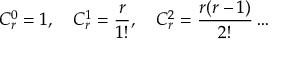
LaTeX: C _ { r } ^ { 0 } = 1 , \quad { } C _ { r } ^ { 1 } = \frac { r } { 1 ! } , \quad { } C _ { r } ^ { 2 } = \frac { r ( r - 1 ) } { 2 ! } \dots